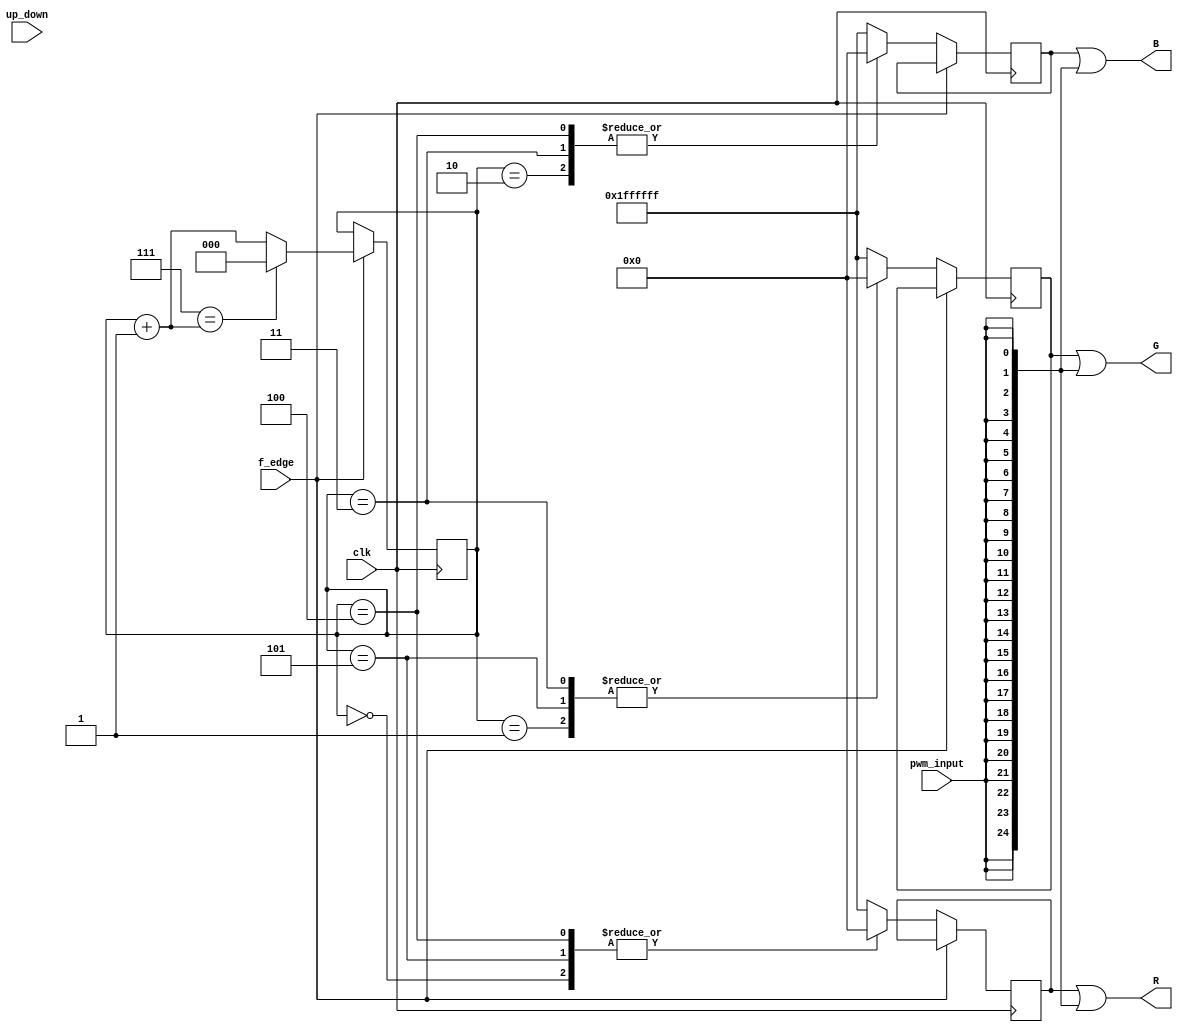
/*
 * Title: CHROMATIC RGB LED
 * Name: Javier Jimenez
 * Desc: Program that generates different combination
 * 			 of colors in the RGB led matrix pcb.
 *			 It has an input button that makes the RGB leds
 * 			 to change the color.
 */

`define n 25

module chromatic(
	input 					clk,
	input						f_edge,
	input 					pwm_input,
	input 					up_down,
	output[`n-1:0]	R,
	output[`n-1:0]	G,
	output[`n-1:0]	B
);

	reg[2:0]  RGB_FSM;
	parameter RED 	 	= 0,
						GREEN 	= 1,
						BLUE  	= 2,
						CIAN  	= 3,
						MAGENTA = 4,
						YELLOW  = 5,
						BLACK   = 6;

	reg[`n-1:0] r;
	reg[`n-1:0] g;
	reg[`n-1:0] b;

	wire[`n-1:0] pwm;

	/* Give initial conditions */
	initial
	begin
		RGB_FSM = RED;
	end

	/* Finite State Machine */
	always @(posedge clk)
	begin: finite_state_machine
		if(1'b1 == f_edge)
		begin
			RGB_FSM = RGB_FSM + 1;
			if(7 == RGB_FSM)
				RGB_FSM = RED;
		end
		else
		begin
			case(RGB_FSM)
				RED: begin
					r = 0;						// ON
					g = 'h1FFFFFF;		// OFF
					b = 'h1FFFFFF;		// OFF
				end
				GREEN: begin
					r = 'h1FFFFFF;		// OFF
					g = 0;						// ON
					b = 'h1FFFFFF;		// OFF
				end
				BLUE: begin
					r = 'h1FFFFFF;		// OFF
					g = 'h1FFFFFF;		// OFF
					b = 0;						// ON
				end
				CIAN: begin
					r = 'h1FFFFFF;		// OFF
					g = 0;						// ON
					b = 0;						// ON
				end
				MAGENTA: begin
					r = 0;						// ON
					g = 'h1FFFFFF;		// OFF
					b = 0;						// ON
				end
				YELLOW: begin
					r = 0;						// ON
					g = 0;						// ON
					b = 'h1FFFFFF;		// OFF
				end
				default: begin
					r = 'h1FFFFFF;		// OFF
					g = 'h1FFFFFF;		// OFF
					b = 'h1FFFFFF;		// OFF
				end
			endcase
		end
	end

	assign pwm[`n-1:0] = {`n{pwm_input}};

	assign R = r | pwm;
	assign G = g | pwm;
	assign B = b | pwm;

endmodule